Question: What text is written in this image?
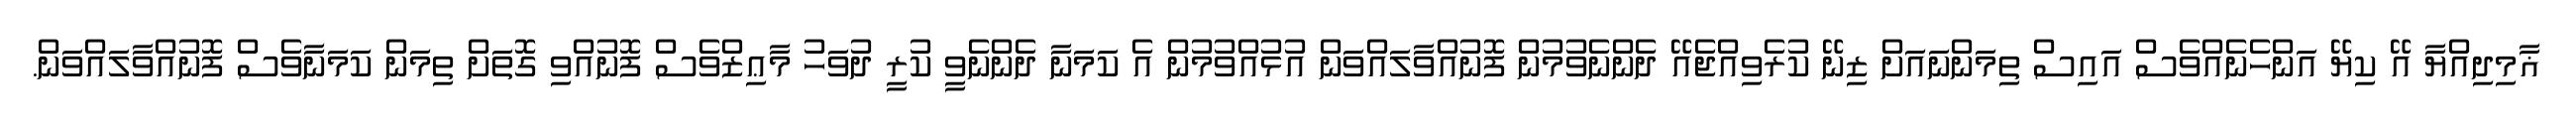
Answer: ޣާމިދިއްޔާ އޭ ކިޔޭ އަންހެނެއްވެސް އައިސް ތިމަންނައަށް ޒިނޭ ކުރެވިއްޖެއޭ ދެންނެވުމުން ފޮނުއްވާލައްވަން އުޅުއްވުމުން އެ ކަމަނާ ދެންނެވީ ކުރީ ދުވަހު މާޢިޒްވެސް ފޮނުއްވި ގޮތަށް ތިމަން ކަމަނާވެސް ފޮނުއްވާލައްވަން.